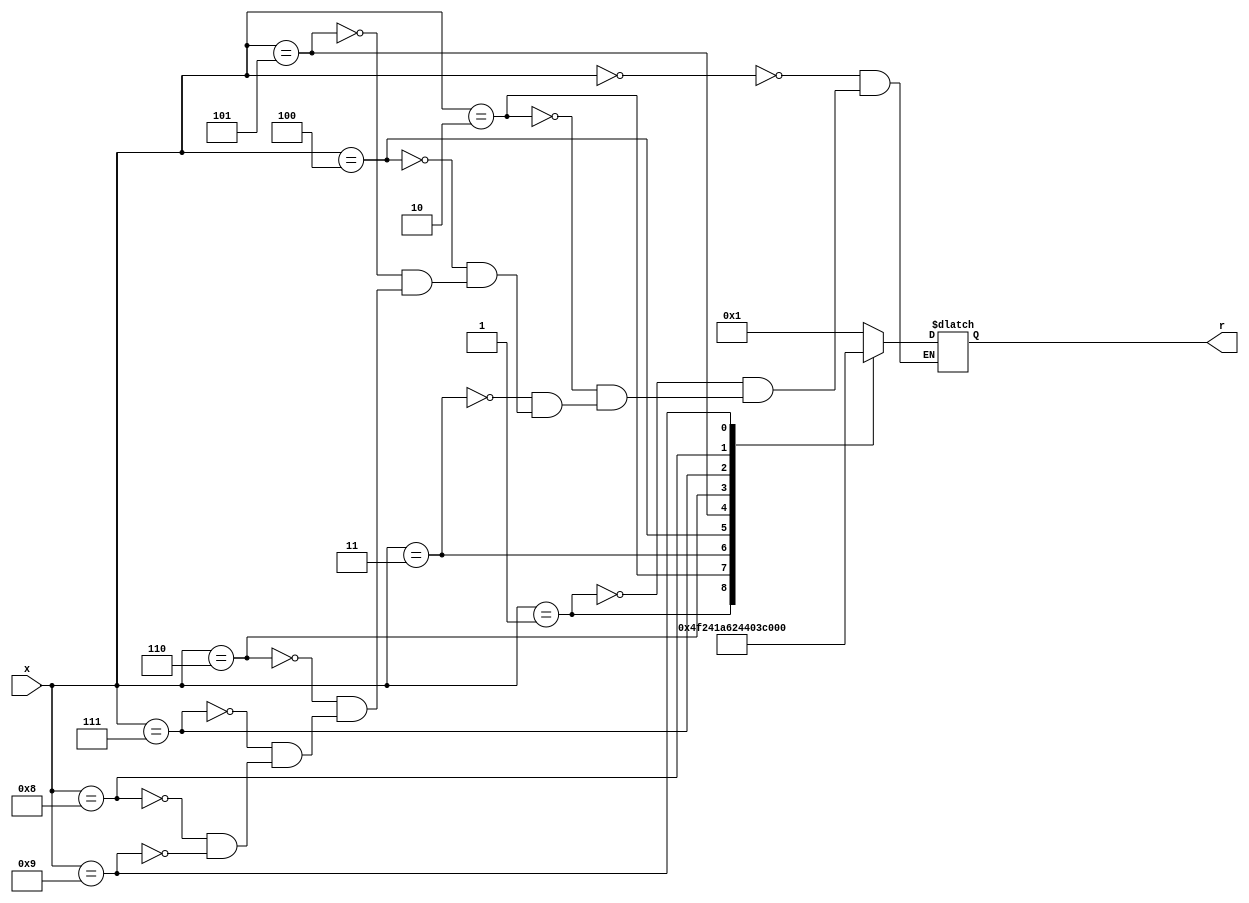
`timescale 1ns / 1ps
//////////////////////////////////////////////////////////////////////////////////
// Company: 
// Engineer: 
// 
// Design Name: 
// Module Name: hex_to_7seg
// Project Name: 
// Target Devices: 
// Tool Versions: 
// Description: 
// 
// Dependencies: 
// 
// Revision:
// Revision 0.01 - File Created
// Additional Comments:
// 
//////////////////////////////////////////////////////////////////////////////////


module hex_to_7seg(
    input[3:0] x,
    output reg[6:0] r
    );

always @(*)
    case(x)
        4'b0000: r = 7'b0000001;
        4'b0001: r = 7'b1001111;
        4'b0010: r = 7'b0010010;
        4'b0011: r = 7'b0000110;
        4'b0100: r = 7'b1001100;
        4'b0101: r = 7'b0100100;
        4'b0110: r = 7'b0100000;
        4'b0111: r = 7'b0001111;
        4'b1000: r = 7'b0000000;
        4'b1001: r = 7'b0001100;
    endcase

endmodule